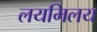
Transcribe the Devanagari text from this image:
लयमिलय